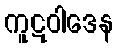
ကူဋဝါဒေန